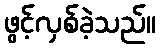
ဖွင့်လှစ်ခဲ့သည်။